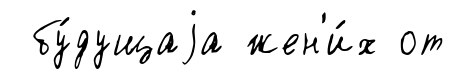
бу́дущаjа жен'и́х от